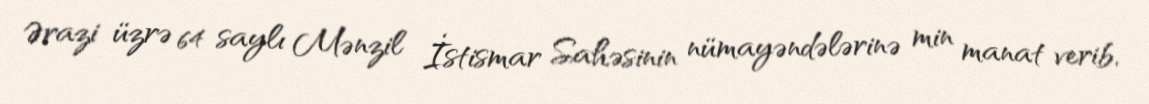
Ərazi üzrə 64 saylı Mənzil İstismar Sahəsinin nümayəndələrinə min manat verib,